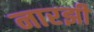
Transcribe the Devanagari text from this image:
नारझी